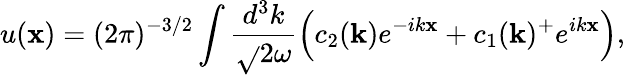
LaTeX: u(\mathbf{x})=(2\pi)^{-3/2}\int\frac{{d^{3}k}}{{\sqrt{}{{2\omega}}}}\Bigl(c_{2}({\mathbf{{k}}})e^{-ik\mathbf{x}}+c_{1}({\mathbf{{k}}})^{+}e^{ik\mathbf{x}}\Bigr),